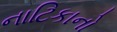
નાટિકાનો